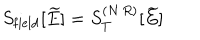
LaTeX: S _ { \mathrm { f i e l d } } [ \widetilde { E } ] = S _ { T } ^ { ( N \, R ) } [ \widetilde { E } ]